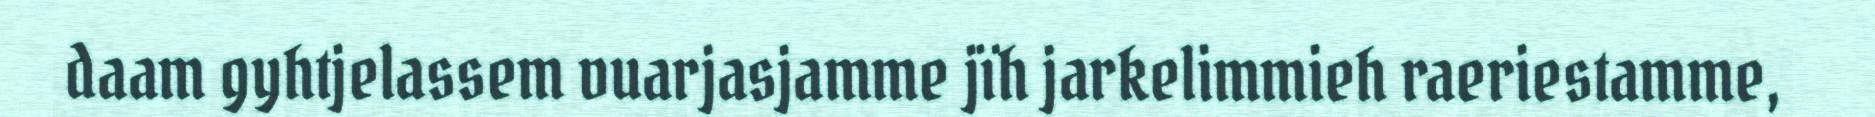
daam gyhtjelassem vuarjasjamme jïh jarkelimmieh raeriestamme,